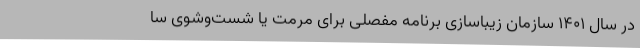
در سال ۱۴۰۱ سازمان زیباسازی برنامه مفصلی برای مرمت یا شست‌وشوی سا